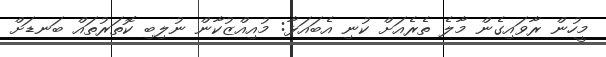
މީހުން ރާވައިގެން މާލެ ތެރެއަށް ކުނި އެބައަޅާ: މުއިއްޒުކާން ނުލިބި ކޮތަރުތައް ބަނޑަށް